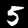
Digit: 5